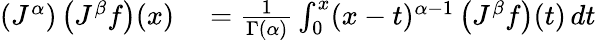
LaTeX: \begin{array}{rl}{\left(J^{\alpha}\right)\left(J^{\beta}f\right)(x)}&{{}={\frac{1}{\Gamma(\alpha)}}\int_{0}^{x}(x-t)^{\alpha-1}\left(J^{\beta}f\right)(t)\, dt}\end{array}